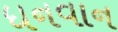
ધનવાન